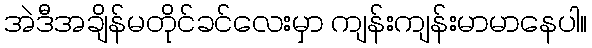
အဲဒီအချိန်မတိုင်ခင်လေးမှာ ကျန်းကျန်းမာမာနေပါ။